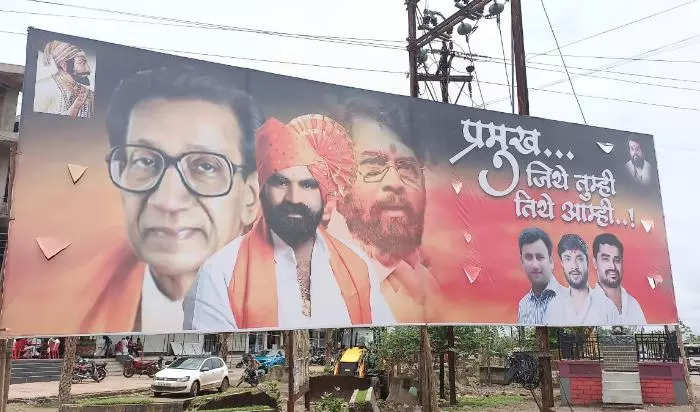
Language: marathi
Transcription: तुम्ही जिथे तिथे आम्ही..!